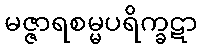
မဇ္ဇာရစမ္မပရိက္ခဋာ